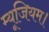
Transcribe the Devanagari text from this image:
म्यूजियम।